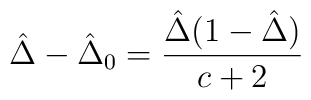
{\hat \Delta}-{\hat \Delta}_0=\frac{{\hat \Delta}(1-{\hat \Delta})}{c+2}